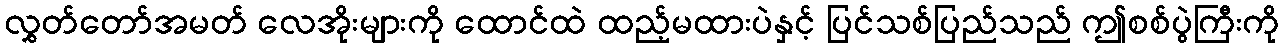
လွှတ်တော်အမတ် လေအိုးများကို ထောင်ထဲ ထည့်မထားပဲနှင့် ပြင်သစ်ပြည်သည် ဤစစ်ပွဲကြီးကို